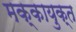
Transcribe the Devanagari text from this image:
मक्कायुक्त